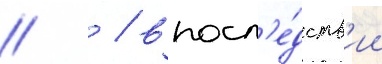
  / впосл'е́дств'ии